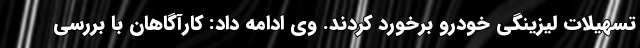
تسهیلات لیزینگی خودرو برخورد کردند. وی ادامه داد: کارآگاهان با بررسی